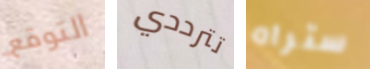
التوقع تترددي ستراه